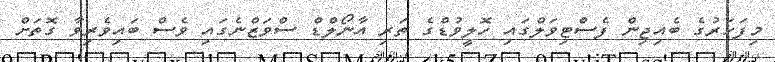
މިފަހަރުގެ ބެއިޖިން ފެސްޓިވަލްގައި ހޮލީވުޑްގެ ތަރި އާނޯލްޑް ސްވަޒްނެގައި ވެސް ބައިވެރިވާ ގޮތަށް